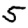
Digit: 5